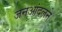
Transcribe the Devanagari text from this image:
जनआंदलने